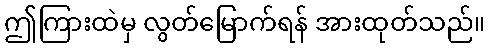
ဤကြားထဲမှ လွတ်မြောက်ရန် အားထုတ်သည်။